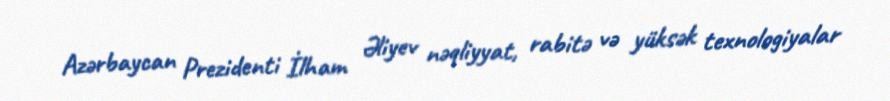
Azərbaycan Prezidenti İlham Əliyev nəqliyyat, rabitə və yüksək texnologiyalar